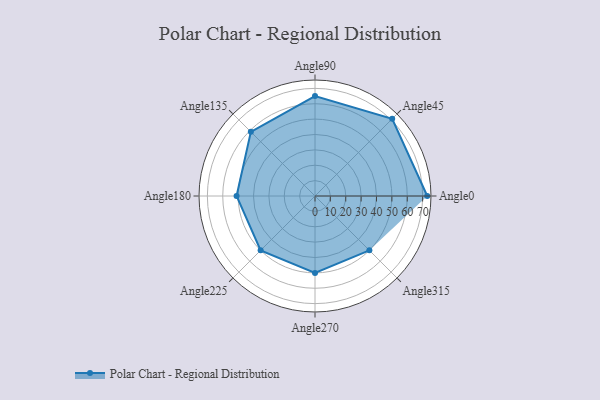
{"axis": {"x": "Angle", "y": "Radius"}, "legend": [""], "data": [{"x": "Angle0", "y": 73.0, "type": ""}, {"x": "Angle45", "y": 71.0, "type": ""}, {"x": "Angle90", "y": 65.0, "type": ""}, {"x": "Angle135", "y": 59.0, "type": ""}, {"x": "Angle180", "y": 51.0, "type": ""}, {"x": "Angle225", "y": 50, "type": ""}, {"x": "Angle270", "y": 50, "type": ""}, {"x": "Angle315", "y": 50, "type": ""}]}